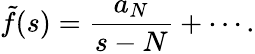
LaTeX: {\tilde{f}}(s)={\frac{a_{N}}{s-N}}+\cdots.